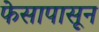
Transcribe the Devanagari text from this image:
फेसापासून